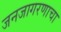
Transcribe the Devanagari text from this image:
जनजागरणाचा